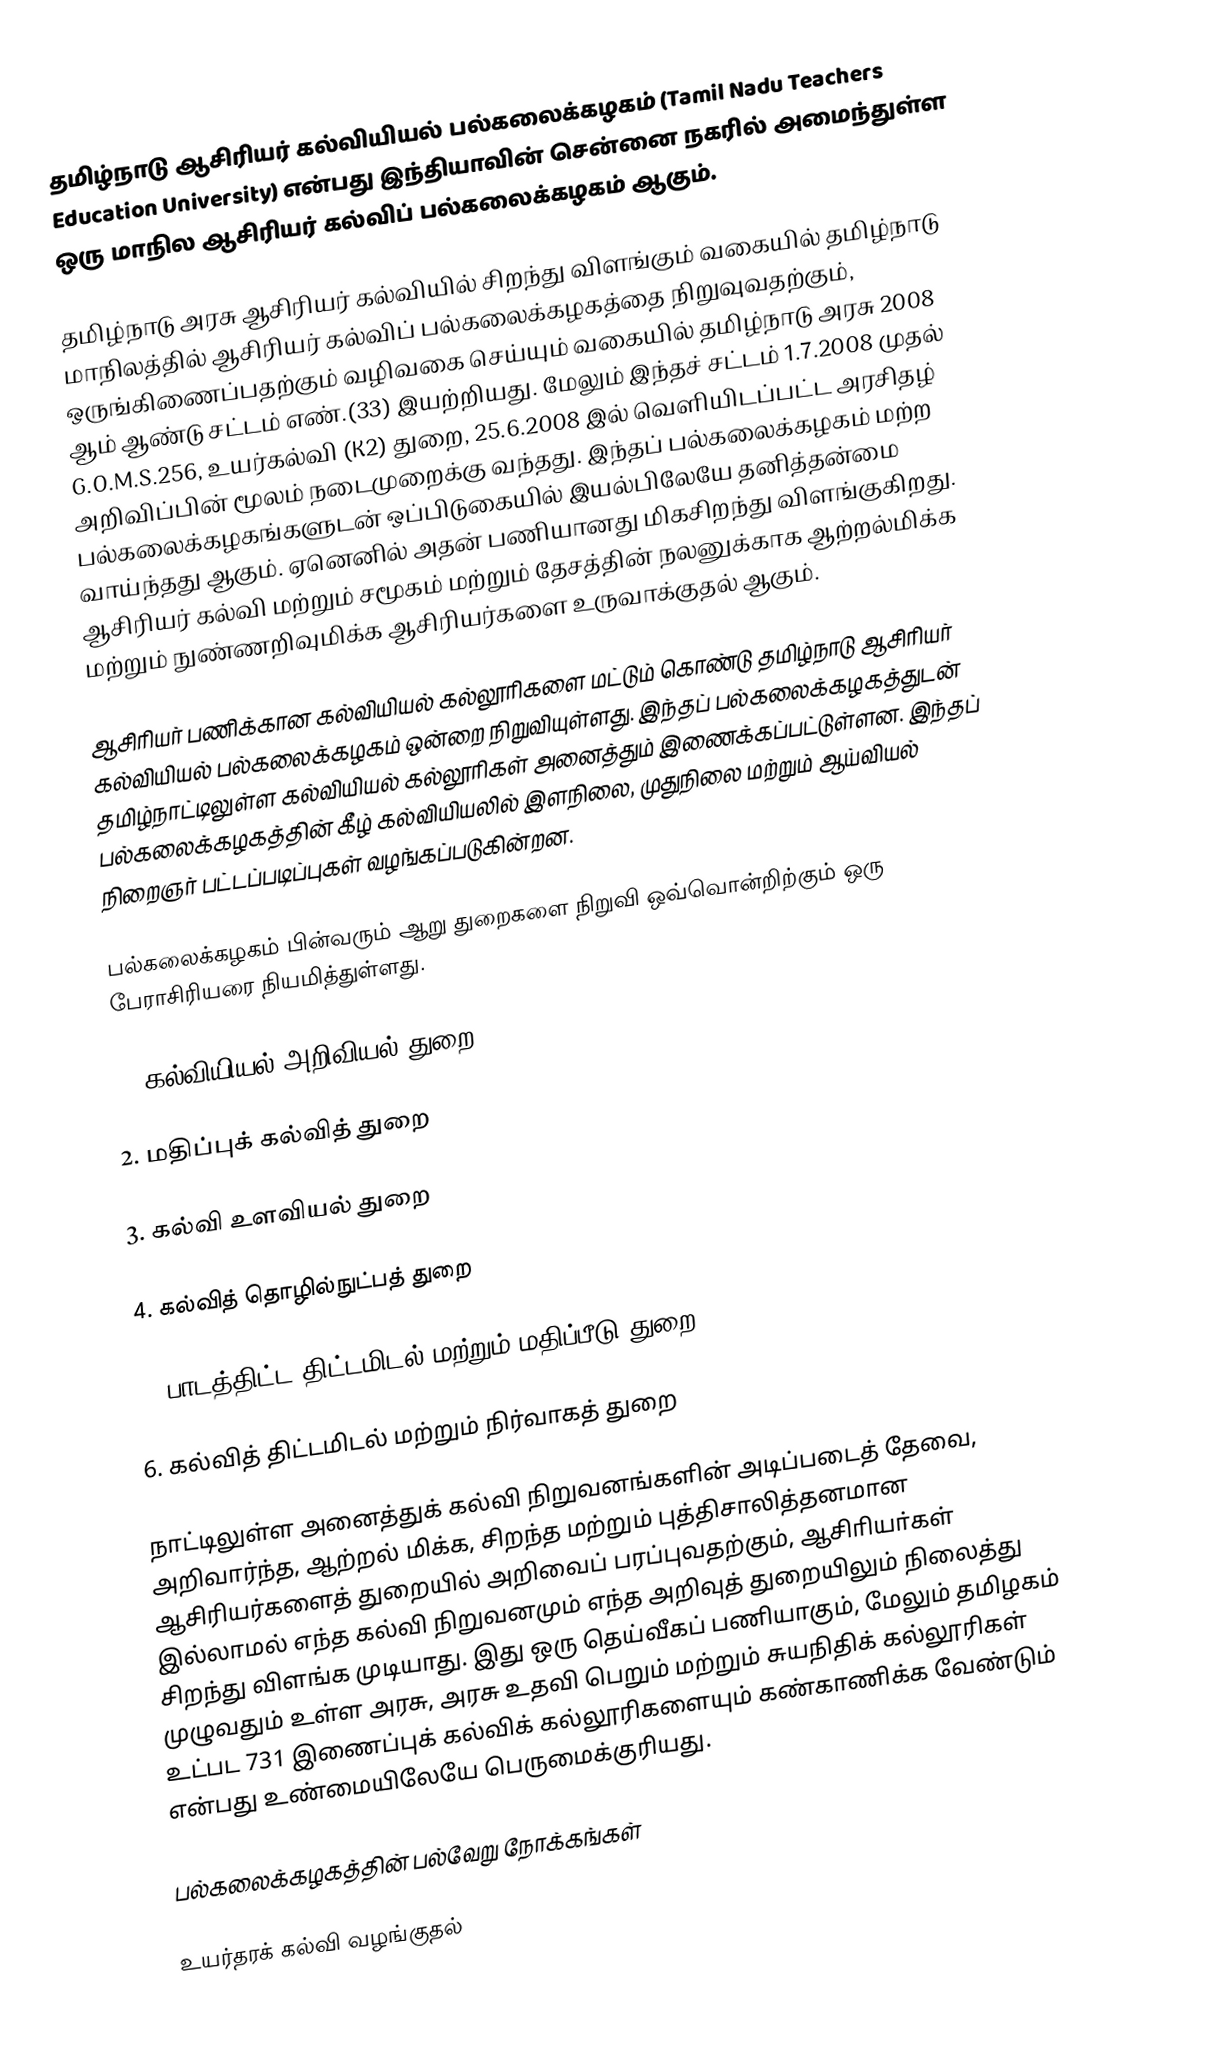
தமிழ்நாடு ஆசிரியர் கல்வியியல் பல்கலைக்கழகம் (Tamil Nadu Teachers Education University) என்பது இந்தியாவின் சென்னை நகரில் அமைந்துள்ள ஒரு மாநில ஆசிரியர் கல்விப் பல்கலைக்கழகம் ஆகும்.

தமிழ்நாடு அரசு ஆசிரியர் கல்வியில் சிறந்து விளங்கும் வகையில் தமிழ்நாடு மாநிலத்தில் ஆசிரியர் கல்விப் பல்கலைக்கழகத்தை நிறுவுவதற்கும், ஒருங்கிணைப்பதற்கும் வழிவகை செய்யும் வகையில் தமிழ்நாடு அரசு 2008 ஆம் ஆண்டு சட்டம் எண்.(33) இயற்றியது. மேலும் இந்தச் சட்டம் 1.7.2008 முதல் G.O.M.S.256, உயர்கல்வி (K2) துறை, 25.6.2008 இல் வெளியிடப்பட்ட அரசிதழ் அறிவிப்பின் மூலம் நடைமுறைக்கு வந்தது. இந்தப் பல்கலைக்கழகம் மற்ற பல்கலைக்கழகங்களுடன் ஒப்பிடுகையில் இயல்பிலேயே தனித்தன்மை வாய்ந்தது ஆகும். ஏனெனில் அதன் பணியானது மிகசிறந்து விளங்குகிறது. ஆசிரியர் கல்வி மற்றும் சமூகம் மற்றும் தேசத்தின் நலனுக்காக ஆற்றல்மிக்க மற்றும் நுண்ணறிவுமிக்க ஆசிரியர்களை உருவாக்குதல் ஆகும்.

ஆசிரியர் பணிக்கான கல்வியியல் கல்லூரிகளை மட்டும் கொண்டு தமிழ்நாடு ஆசிரியர் கல்வியியல் பல்கலைக்கழகம் ஒன்றை நிறுவியுள்ளது. இந்தப் பல்கலைக்கழகத்துடன் தமிழ்நாட்டிலுள்ள கல்வியியல் கல்லூரிகள் அனைத்தும் இணைக்கப்பட்டுள்ளன. இந்தப் பல்கலைக்கழகத்தின் கீழ் கல்வியியலில் இளநிலை, முதுநிலை மற்றும் ஆய்வியல் நிறைஞர் பட்டப்படிப்புகள் வழங்கப்படுகின்றன.

பல்கலைக்கழகம் பின்வரும் ஆறு துறைகளை நிறுவி ஒவ்வொன்றிற்கும் ஒரு பேராசிரியரை நியமித்துள்ளது.

1. கல்வியியல் அறிவியல் துறை

2. மதிப்புக் கல்வித் துறை

3. கல்வி உளவியல் துறை

4. கல்வித் தொழில்நுட்பத் துறை

5. பாடத்திட்ட திட்டமிடல் மற்றும் மதிப்பீடு துறை

6. கல்வித் திட்டமிடல் மற்றும் நிர்வாகத் துறை

நாட்டிலுள்ள அனைத்துக் கல்வி நிறுவனங்களின் அடிப்படைத் தேவை, அறிவார்ந்த, ஆற்றல் மிக்க, சிறந்த மற்றும் புத்திசாலித்தனமான ஆசிரியர்களைத் துறையில் அறிவைப் பரப்புவதற்கும், ஆசிாியா்கள் இல்லாமல் எந்த கல்வி நிறுவனமும் எந்த அறிவுத் துறையிலும் நிலைத்து சிறந்து விளங்க முடியாது. இது ஒரு தெய்வீகப் பணியாகும், மேலும் தமிழகம் முழுவதும் உள்ள அரசு, அரசு உதவி பெறும் மற்றும் சுயநிதிக் கல்லூரிகள் உட்பட 731 இணைப்புக் கல்விக் கல்லூரிகளையும் கண்காணிக்க வேண்டும் என்பது உண்மையிலேயே பெருமைக்குரியது.

பல்கலைக்கழகத்தின் பல்வேறு நோக்கங்கள்

உயர்தரக் கல்வி வழங்குதல்